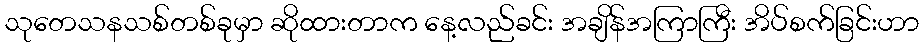
သုတေသနသစ်တစ်ခုမှာ ဆိုထားတာက နေ့လည်ခင်း အချိန်အကြာကြီး အိပ်စက်ခြင်းဟာ